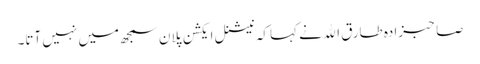
صاحبزادہ طارق اﷲ نے کہا کہ نیشنل ایکشن پلان سمجھ میں نہیں آتا۔